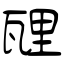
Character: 瓼